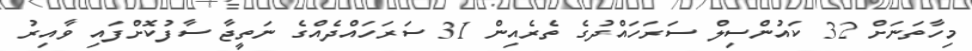
މިހާތަނަށް 32 ކައުންސިލް ސަރަހައްދުގެ ތެރެއިން 31 ސަރަހައްދެއްގެ ނަތީޖާ ސާފުކޮށްފައި ވާއިރު